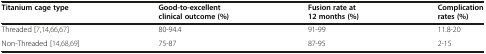
| Titanium cage type | Good-to-excellent clinical outcome (%) | Fusion rate at 12 months (%) | Complication rates (%) |
 | --- | --- | --- | --- |
 | Threaded [7,14,66,67] | 80-94.4 | 91-99 | 11.8-20 |
 | Non-Threaded [14,68,69] | 75-87 | 87-95 | 2-15 |